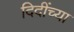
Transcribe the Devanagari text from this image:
दिदींच्या